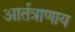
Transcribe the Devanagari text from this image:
आर्तत्राणाय